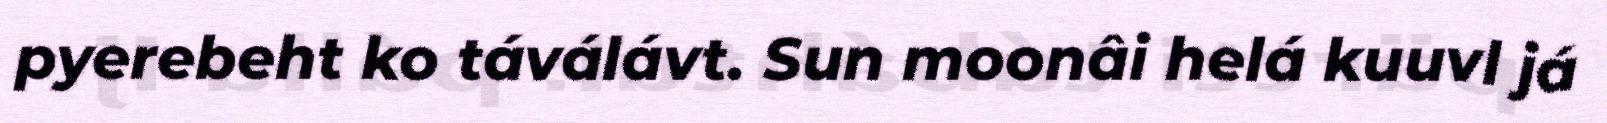
pyerebeht ko táválávt. Sun moonâi helá kuuvl já